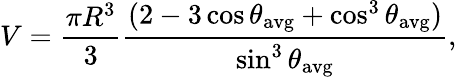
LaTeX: V={\frac{\pi R^{3}}{3}}{\frac{(2-3\cos\theta_{\mathrm{avg}}+\cos^{3}\theta_{\mathrm{avg}})}{\sin^{3}\theta_{\mathrm{avg}}}},